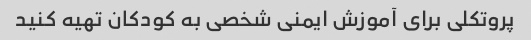
پروتکلی برای آموزش ایمنی شخصی به کودکان تهیه کنید